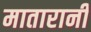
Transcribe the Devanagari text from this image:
मातारानी